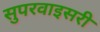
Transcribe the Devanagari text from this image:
सुपरवाइसरी